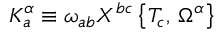
K _ { a } ^ { \alpha } \equiv \omega _ { a b } X ^ { b c } \, \bigr \{ T _ { c } , \, \Omega ^ { \alpha } \bigr \}